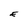
Character: E